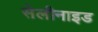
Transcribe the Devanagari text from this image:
सेलीनाइड